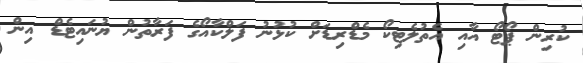
ކުރިން ޕޯޓޯ އާއި އެތުލެޓިކޯ މެޑްރިޑަށް ކުޅުނު ފަލްކާއޯގެ ފަރާތުން ޔުނައިޓެޑް އިން